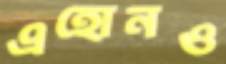
এহোনও